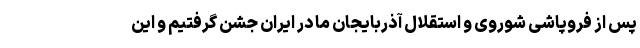
پس از فروپاشی شوروی و استقلال آذربایجان ما در ایران جشن گرفتیم و این